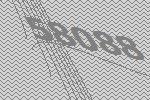
58088